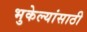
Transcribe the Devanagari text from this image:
भुकेल्यांसाठी